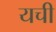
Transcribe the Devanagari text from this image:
यची